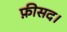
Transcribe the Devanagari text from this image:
फ़ीसद।